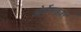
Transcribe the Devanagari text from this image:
ओर्गेनाइज़र